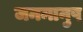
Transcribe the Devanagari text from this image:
जनमानुष